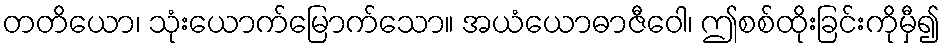
တတိယော၊ သုံးယောက်မြောက်သော။ အယံယောဓာဇီဝေါ၊ ဤစစ်ထိုးခြင်းကိုမှီ၍